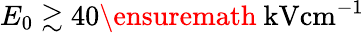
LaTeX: E_{0}\gtrsim 40\ensuremath{~\mathrm{kV}\mathrm{cm}^{-1}}